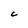
Character: C